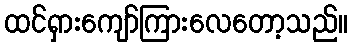
ထင်ရှားကျော်ကြားလေတော့သည်။